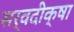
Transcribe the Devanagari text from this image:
सर्वदीक्षा